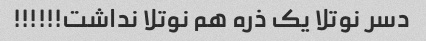
دسر نوتلا یک ذره هم نوتلا نداشت!!!!!!